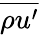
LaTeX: \overline{{\rho u^{\prime}}}